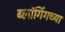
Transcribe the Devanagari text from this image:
ब्लॉगिंगच्या